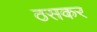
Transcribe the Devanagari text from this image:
ठसकर